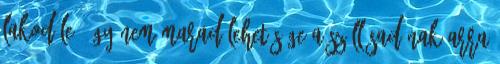
lakod le, így nem marad lehetősége a szállásadónak arra